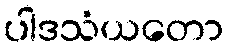
ပါဒသံယတော